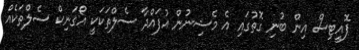
ޕޮއީޓިސް އިން ބުނި ގޮތުގައި އެ މެޝިނުން އުފައްދާ ސެލްތަކަކީ އޯގަނިކް ސެލްތަކެއް